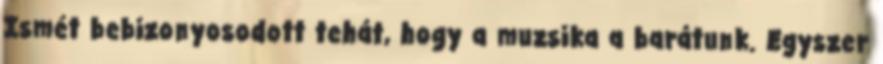
Ismét bebizonyosodott tehát, hogy a muzsika a barátunk. Egyszer